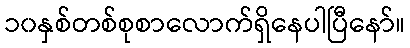
၁၀နှစ်တစ်စုစာလောက်ရှိနေပါပြီနော်။